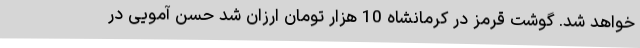
خواهد شد. گوشت قرمز در کرمانشاه 10 هزار تومان ارزان شد حسن آمویی در